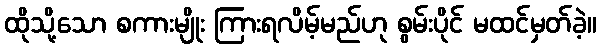
ထိုသို့သော စကားမျိုး ကြားရလိမ့်မည်ဟု စွမ်းပိုင် မထင်မှတ်ခဲ့။